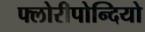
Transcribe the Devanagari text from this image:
फ्लोरीपोन्दियो